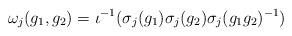
LaTeX: \begin{align*}\omega_j(g_1,g_2)=\iota^{-1}(\sigma_j(g_1)\sigma_j(g_2)\sigma_j(g_1g_2)^{-1})\end{align*}